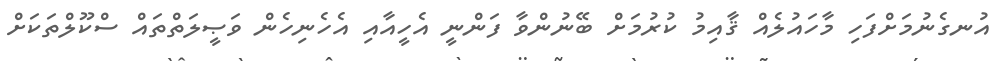
އުނގެނުމަށްފަހި މާހައުލެއް ޤާއިމު ކުރުމަށް ބޭނުންވާ ފަންނީ އެހީއާއި އެހެނިހެން ވަޞީލަތްތައް ސްކޫލްތަކަށް